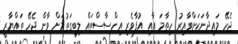
ޖެހޭ މައިދާނަކަށްވާއިރު ހިތާމަ އާއި އުފާވެރި އިހްސާސްތައް ލިބިގަތުމަށް ވާން ޖެހޭ ތައްޔާރީ